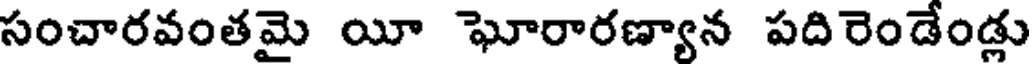
సంచారవంతమై యీ ఘోరారణ్యాన పదిరెండేండ్లు